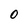
Character: 0